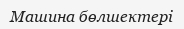
Машина бөлшектері